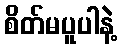
စိတ်မပူပါနဲ့